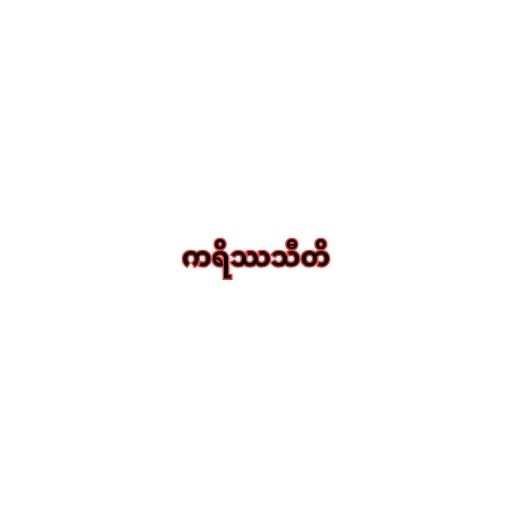
ကရိဿသီတိ